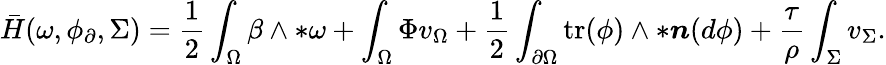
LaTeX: \bar{H}(\omega,\phi_{\partial},\Sigma)=\frac{1}{2}\int_{\Omega}\beta\wedge\ast\omega+\int_{\Omega}\Phi v_{\Omega}+\frac{1}{2}\int_{\partial\Omega}\mathrm{tr}(\phi)\wedge\ast\boldsymbol{n}(d\phi)+\frac{\tau}{\rho}\int_{\Sigma}v_{\Sigma}.